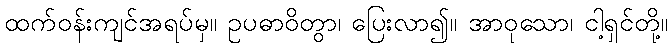
ထက်ဝန်းကျင်အရပ်မှ။ ဥပဓာဝိတွာ၊ ပြေးလာ၍။ အာဝုသော၊ ငါ့ရှင်တို့။